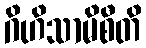
ဂိဟိသာမိစီတိ